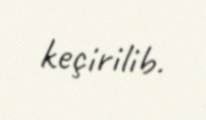
keçirilib.